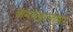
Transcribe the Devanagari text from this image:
कमरेखालच्या